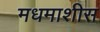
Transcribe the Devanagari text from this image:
मधमाशीस